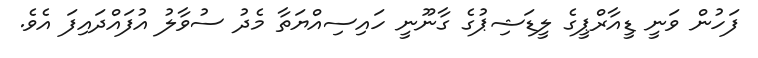
ފަހުން ވަނީ ޑީއާރްޕީގެ ލީޑަޝިޕުގެ ގާނޫނީ ހައިސިއްޔަތާ މެދު ސުވާލު އުފައްދައިފަ އެވެ.